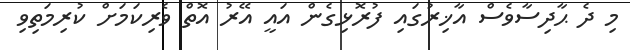
މި ދެ ޙާދިސާވެސް އާޚިރުގައި ފުރޮޅިގެން އައީ އޭރު އޮތް ވެރިކަމަށް ކުރިމަތިވި